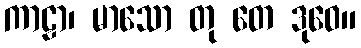
ကာဠာ၊ မာသော တု တေ ဒုဝေ။